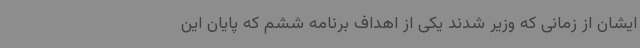
ایشان از زمانی که وزیر شدند یکی از اهداف برنامه ششم که پایان این